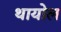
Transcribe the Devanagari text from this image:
थायोल